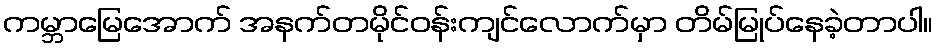
ကမ္ဘာမြေအောက် အနက်တမိုင်ဝန်းကျင်လောက်မှာ တိမ်မြုပ်နေခဲ့တာပါ။